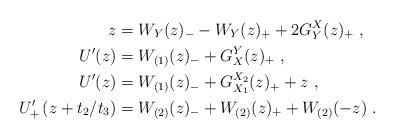
LaTeX: \begin{align*}z&=W_Y(z)_--W_Y(z)_++2G_Y^X(z)_+\ ,\\U'(z)&=W_{(1)}(z)_-+G_X^Y(z)_+\ ,\\U'(z)&=W_{(1)}(z)_-+G_{X_1}^{X_2}(z)_++z\ ,\\U'_+\left(z+t_2/t_3\right)&=W_{(2)}(z)_-+W_{(2)}(z)_++W_{(2)}(-z)\ .\end{align*}